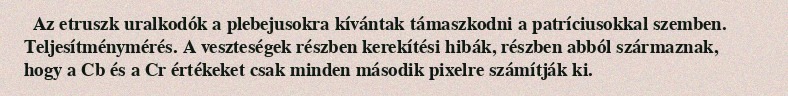
Az etruszk uralkodók a plebejusokra kívántak támaszkodni a patríciusokkal szemben. Teljesítménymérés. A veszteségek részben kerekítési hibák, részben abból származnak, hogy a Cb és a Cr értékeket csak minden második pixelre számítják ki.